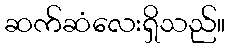
ဆက်ဆံလေးရှိသည်။